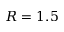
R = 1 . 5